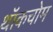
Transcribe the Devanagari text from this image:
थॉकचोम